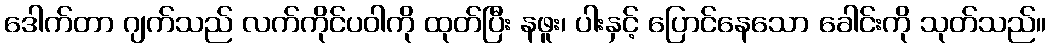
ဒေါက်တာ ဂျက်သည် လက်ကိုင်ပဝါကို ထုတ်ပြီး နဖူး၊ ပါးနှင့် ပြောင်နေသော ခေါင်းကို သုတ်သည်။